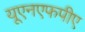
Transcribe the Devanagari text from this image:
यूएनएफपीए